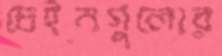
চেইনগুলোর